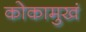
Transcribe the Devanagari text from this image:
कोकामुखं